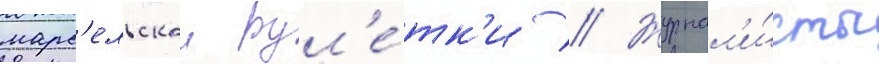
марс'ельскои рул'е́тк'и // Журнал'и́сты